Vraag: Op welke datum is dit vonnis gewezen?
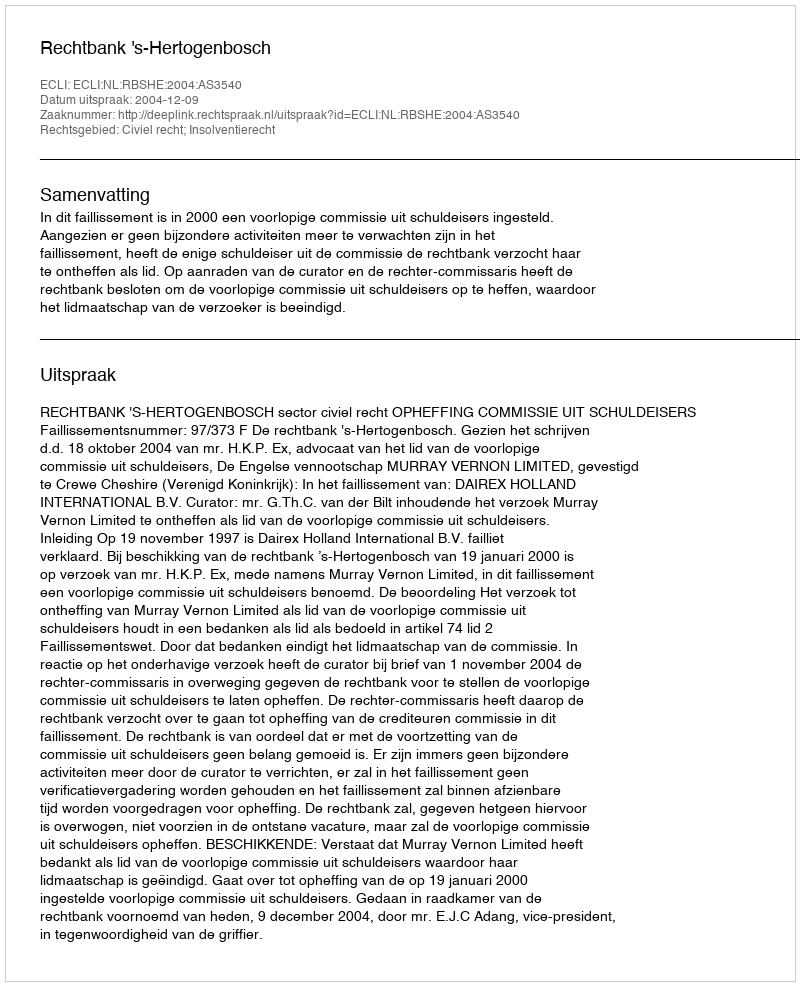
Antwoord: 2004-12-09